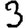
Digit: 3